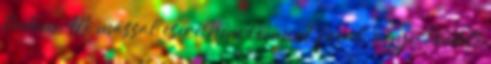
tudom. Mi mással cserélném le, mint fával, ugye. Eredeti